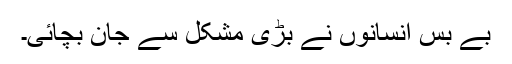
بے بس انسانوں نے بڑی مشکل سے جان بچائی۔